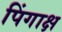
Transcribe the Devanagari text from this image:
पिंगाक्ष